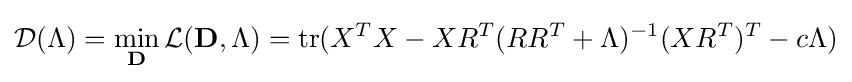
{\mathcal {D}}(\Lambda )=\min _{\mathbf {D} }{\mathcal {L}}(\mathbf {D} ,\Lambda )={\text{tr}}(X^{T}X-XR^{T}(RR^{T}+\Lambda )^{-1}(XR^{T})^{T}-c\Lambda )